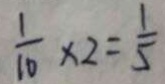
\frac { 1 } { 1 0 } \times 2 = \frac { 1 } { 5 }